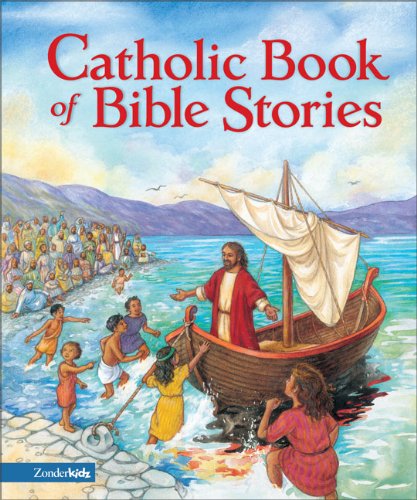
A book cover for Catholic Book of Bible Stories; Laurie Lazzaro Knowlton; Christian Books & Bibles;